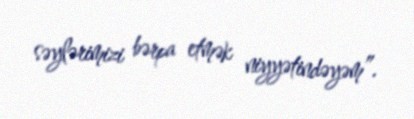
səylərimizi bərpa etmək niyyətindəyəm”.